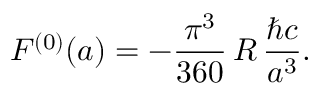
F ^ { ( 0 ) } ( a ) = - \frac { \pi ^ { 3 } } { 3 6 0 } \, R \, \frac { \hbar c } { a ^ { 3 } } .